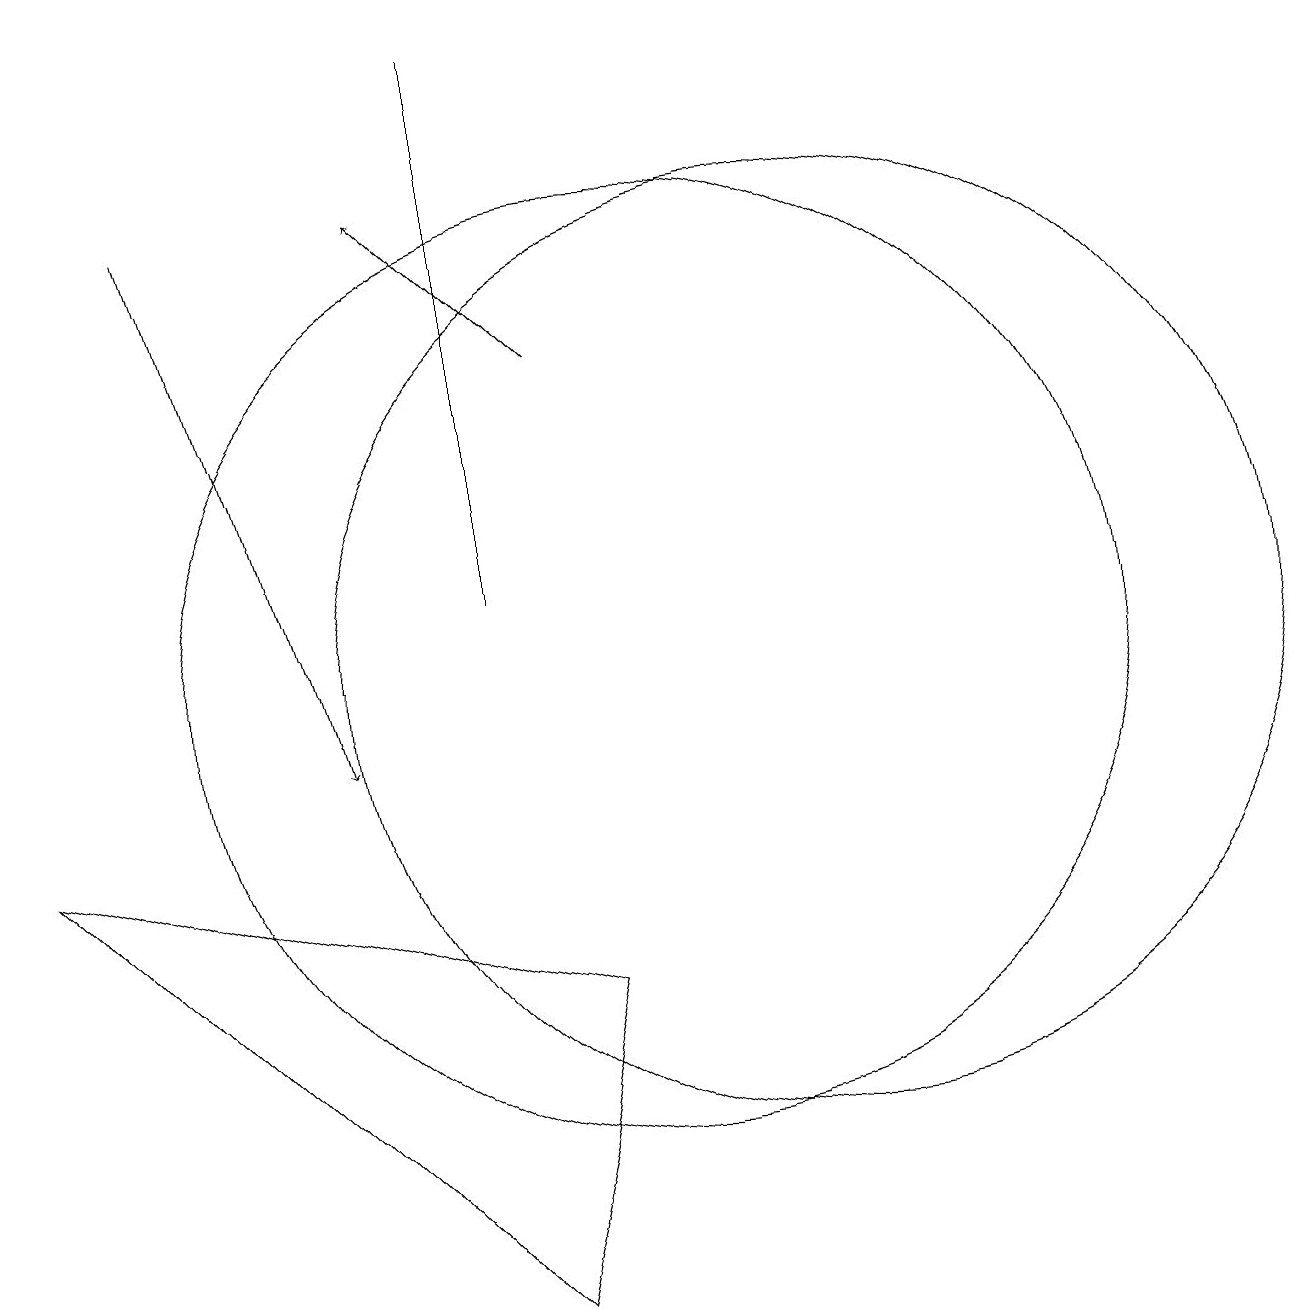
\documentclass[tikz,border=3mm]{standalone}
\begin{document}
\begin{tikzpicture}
\draw[->] (4,17) -- (6,10);
\draw (10,11) circle (6);
\draw (9,7) -- (2,9) -- (8,3) -- cycle;
\draw (12,11) circle (6);
\draw (8,12) rectangle (8,19);
\draw[->] (9,15) -- (7,17);
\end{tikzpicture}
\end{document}